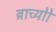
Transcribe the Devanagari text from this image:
ब्राच्योो